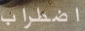
اضطراب